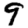
Digit: 9